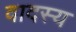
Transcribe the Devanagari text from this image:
वादस्य